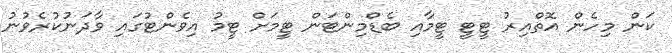
ކަން މިހެން އޮތްއިރު ޓީޓީ ޓީމާއި ބެޑްމިންޓަން ޓީމަށް ޓީމު އިވެންޓުގައި ވާދަނުކުރެވުނު